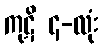
ကုဋိ ၄-လုံး